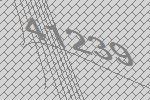
41239